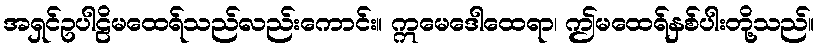
အရှင်ဥပါဠိမထေရ်သည်လည်းကောင်း။ ဣမေဒေါထေရာ၊ ဤမထေရ်နှစ်ပါးတို့သည်။